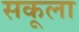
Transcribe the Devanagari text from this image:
सकूला